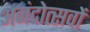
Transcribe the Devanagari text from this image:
अनंदोत्सवों